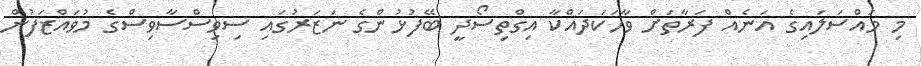
މި މައްސަލައިގެ އަނެއް ފަރާތަށް ވާހަކަދައްކާ އިގްތިސޯދީ ބޭފުޅުންގެ ނަޒަރުގައި ސިވިސްސާވިސްގެ މުވައްޒަފުން